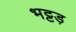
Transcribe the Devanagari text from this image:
भट्टड़